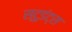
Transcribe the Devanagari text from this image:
स्टुडंट्‍स